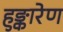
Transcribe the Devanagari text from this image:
हुङ्कारेण